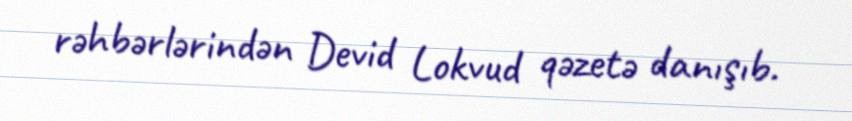
rəhbərlərindən Devid Lokvud qəzetə danışıb.